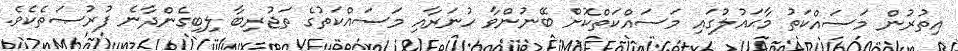
އިތުރުން މަސައްކަތު މާޙައުލުގައި މަސައްކަތްކޮށް ބޭނުންވާ ހުނަރާއި މަސައްކަތުގެ ތަޖުރިބާ ލިބިގެންދާނެ ފުރުޞަތެކެވެ.